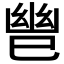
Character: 𫶹